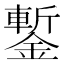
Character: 鏨